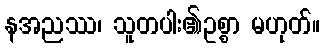
နအညဿ၊ သူတပါး၏ဥစ္စာ မဟုတ်။